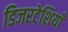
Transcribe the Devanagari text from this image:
डिजरटेशियाँ